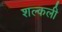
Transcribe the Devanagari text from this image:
शल्कली